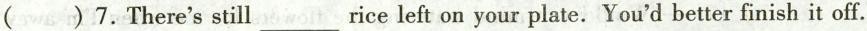
( )7.There's still ___ rice left on your plate. You'd better finish it off.